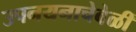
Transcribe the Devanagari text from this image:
उपनयनाचेवेळीं